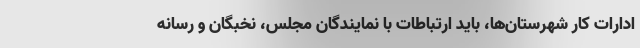
ادارات کار شهرستان‌ها، باید ارتباطات با نمایندگان مجلس، نخبگان و رسانه